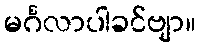
မင်္ဂလာပါခင်ဗျာ။